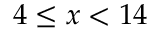
4 \leq x < 1 4